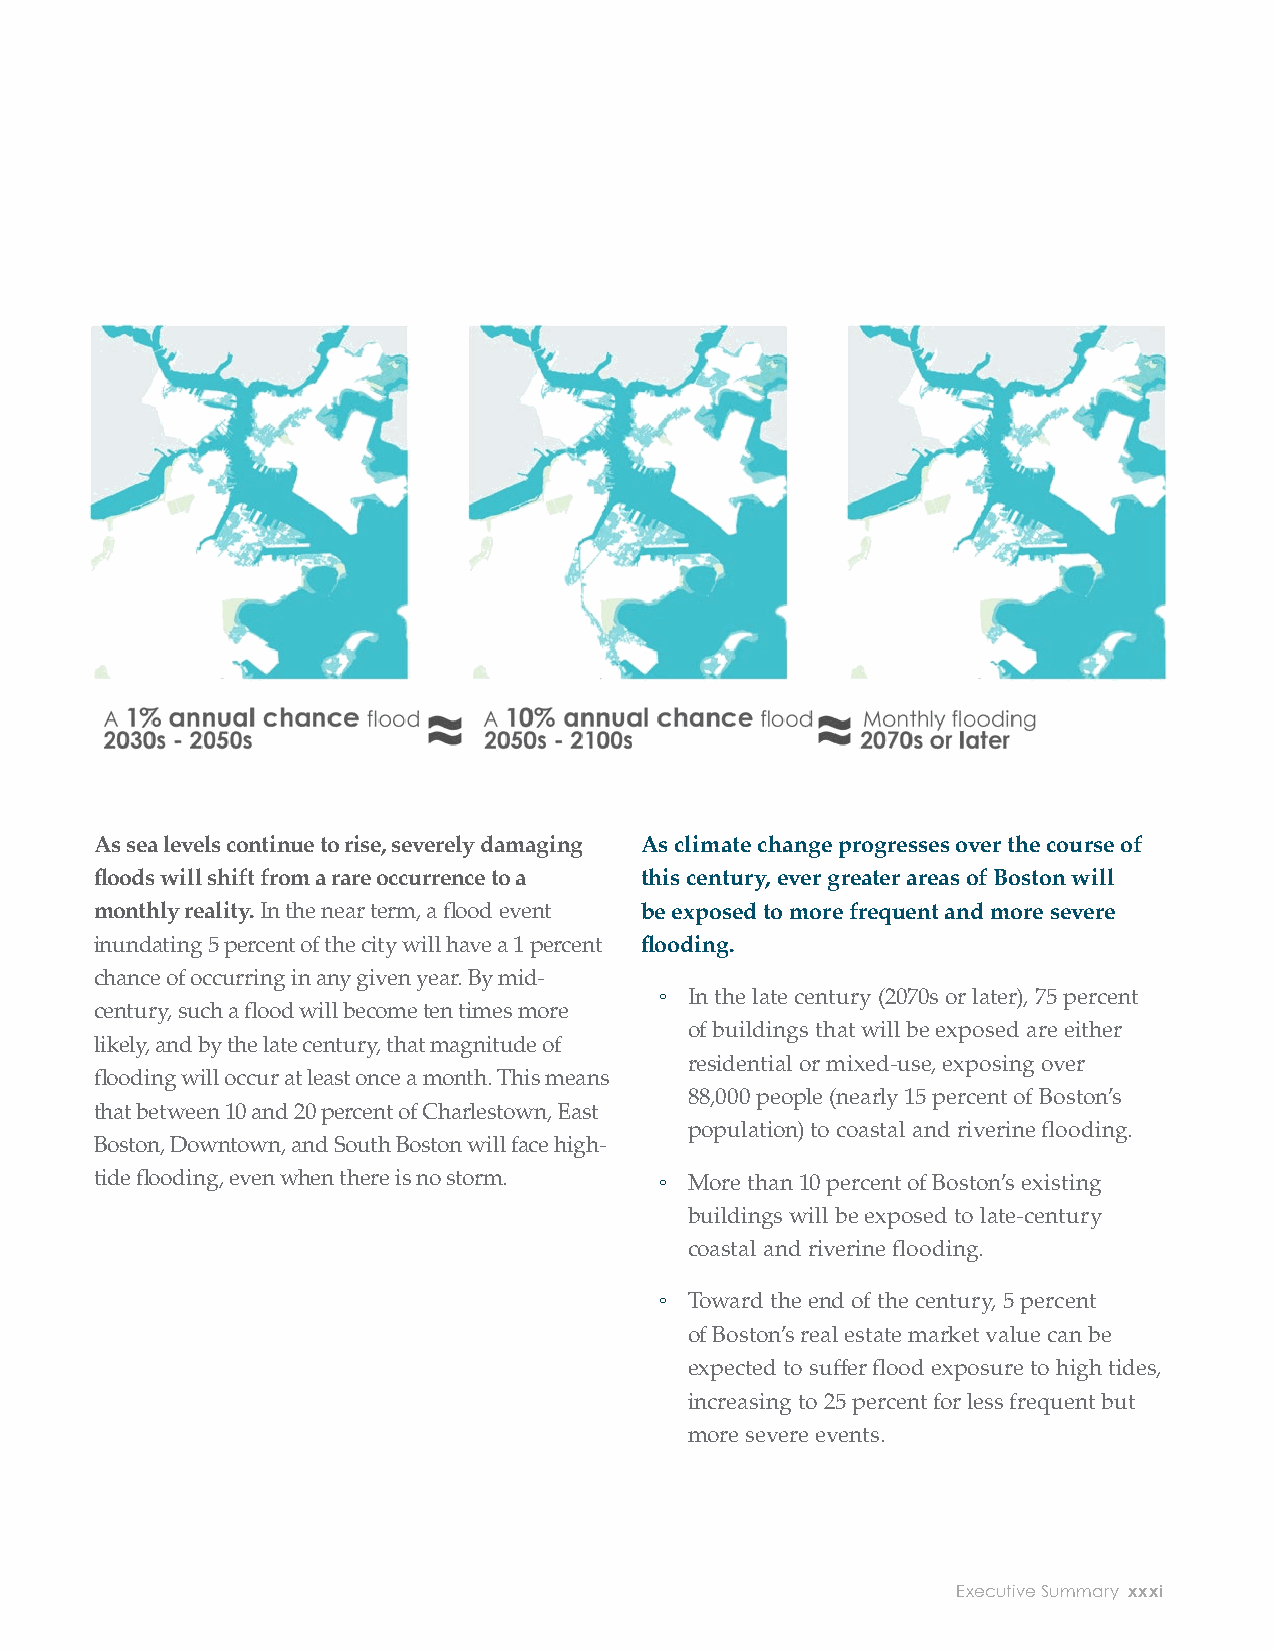
India Wharf view from the Harbor Walk — High Tide during October
 Image courtesy of Sasaki
 As sea levels continue to rise, severely damaging As climate change progresses over the course of
 fl oods will shift from a rare occurrence to a this century, ever greater areas of Boston will
 monthly reality. In the near term, a fl ood event be exposed to more frequent and more severe
 inundating 5 percent of the city will have a 1 percent fl ooding.
 chance of occurring in any given year. By mid-
 ◦ In the late century (2070s or later), 75 percent
 century, such a fl ood will become ten times more
 of buildings that will be exposed are either
 likely, and by the late century, that magnitude of
 residential or mixed-use, exposing over
 fl ooding will occur at least once a month. This means
 88,000 people (nearly 15 percent of Boston’s
 that between 10 and 20 percent of Charlestown, East
 population) to coastal and riverine fl ooding.
 Boston, Downtown, and South Boston will face high-
 tide fl ooding, even when there is no storm. ◦ More than 10 percent of Boston’s existing
 buildings will be exposed to late-century
 As the sea level continues to rise,           coastal and riverine fl ooding.
 ◦ Toward the end of the century, 5 percent
 the likelihood of major fl oods
 of Boston’s real estate market value can be
 will increase from a 1% annual                expected to suff er fl ood exposure to high tides,
 increasing to 25 percent for less frequent but
 chance to a monthly reality.                  more severe events.
 xxx City of Boston: Climate Ready Boston                       Executive Summary xxxi